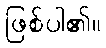
ဖြစ်ပါ၏။